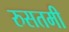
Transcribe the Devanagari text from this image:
रुसतमी